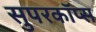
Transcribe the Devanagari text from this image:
सुपरकॉप्स